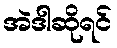
အဲဒါဆိုရင်